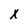
Character: X